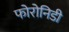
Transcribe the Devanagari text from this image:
फोरोनिडी